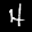
Label: 4